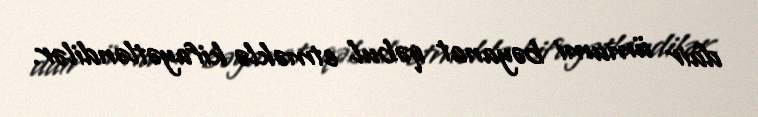
dair ümumi bəyanat qəbul etməklə kifayətləndilər.